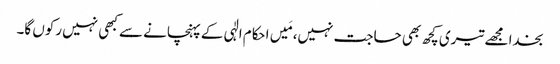
بخدا مجھے تیری کچھ بھی حاجت نہیں، مَیں احکام الٰہی کے پہنچانے سے کبھی نہیں رکوں گا۔